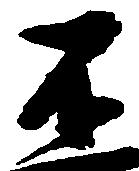
不